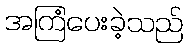
အကြံပေးခဲ့သည်